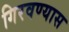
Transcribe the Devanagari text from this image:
गिरवण्यास